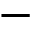
-